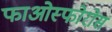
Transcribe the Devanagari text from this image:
फाओस्फोरोस